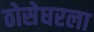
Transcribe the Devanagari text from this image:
ठोसेघरला